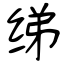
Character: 绨